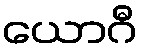
ယောဂီ